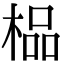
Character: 榀